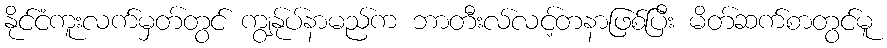
နိုင်ငံကူးလက်မှတ်တွင် ကျွန်ုပ်နာမည်က ဘာတီးလ်လင့်တနာဖြစ်ပြီး မိတ်ဆက်စာတွင်မူ